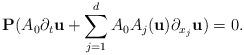
LaTeX: \begin{align*}\textbf{P}(A_{0}\partial_{t}\textbf{u}+\sum_{j=1}^{d}A_{0}A_{j}(\textbf{u})\partial_{x_{j}}\textbf{u})=0.\end{align*}